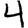
Digit: 4